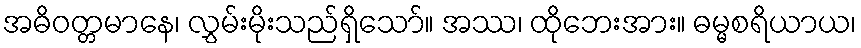
အဓိဝတ္တမာနေ၊ လွှမ်းမိုးသည်ရှိသော်။ အဿ၊ ထိုဘေးအား။ ဓမ္မစရိယာယ၊